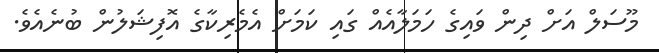
މޫސަލް އަށް ދިން ވައިގެ ހަމަލާއެއް ގައި ކަމަށް އެމެރިކާގެ އޮފިޝަލުން ބުނެއެވެ.